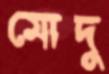
মোদু